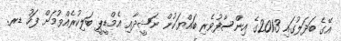
އޭގެ ބަދަލުގައި 2013ގެ އިންސާފުވެރި ބައްޔަކުން ނަޝީދާއި އެމްޑީޕީ ބަލިކުރެއްވުމަށް ފަހު ޑރ.